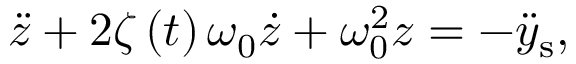
\ddot { z } + 2 \zeta \left( t \right) \omega _ { 0 } \dot { z } + \omega _ { 0 } ^ { 2 } z = - \ddot { y } _ { \mathrm { s } } ,